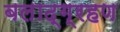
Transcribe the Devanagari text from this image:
बलाद्ग्रहण